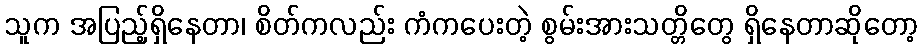
သူက အပြည့်ရှိနေတာ၊ စိတ်ကလည်း ကံကပေးတဲ့ စွမ်းအားသတ္တိတွေ ရှိနေတာဆိုတော့